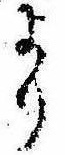
より